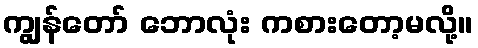
ကျွန်တော် ဘောလုံး ကစားတော့မလို့။